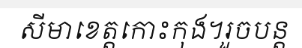
សីមាខេត្តកោះកុង។រួចបន្ត